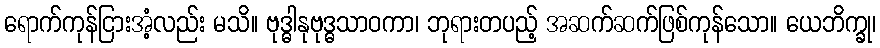
ရောက်ကုန်ငြားအံ့လည်း မသိ။ ဗုဒ္ဓါနုဗုဒ္ဓသာဝကာ၊ ဘုရားတပည့် အဆက်ဆက်ဖြစ်ကုန်သော။ ယေဘိက္ခု၊